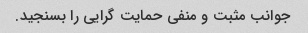
جوانب مثبت و منفی حمایت گرایی را بسنجید.